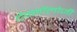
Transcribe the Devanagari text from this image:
टैक्नॉलोजी